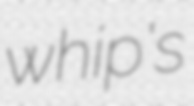
whip's